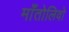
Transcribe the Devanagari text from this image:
माँतोलिवो